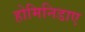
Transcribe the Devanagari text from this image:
होमिनिडाए